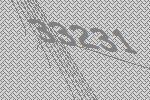
33231